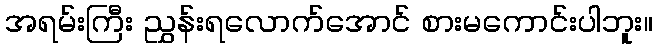
အရမ်းကြီး ညွှန်းရလောက်အောင် စားမကောင်းပါဘူး။